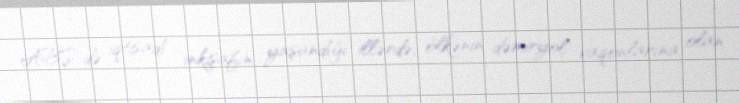
ABŞ-də iqtisadi inkişafın yaşandığı illərdə, ölkənin dəmiryol vaqonlarına olan